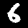
Digit: 6